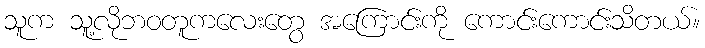
သူက သူ့လိုဘဝတူကလေးတွေ အကြောင်းကို ကောင်းကောင်းသိတယ်။